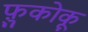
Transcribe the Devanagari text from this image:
फ़ुकोकू